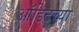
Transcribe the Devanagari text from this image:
ऑडिटच्या